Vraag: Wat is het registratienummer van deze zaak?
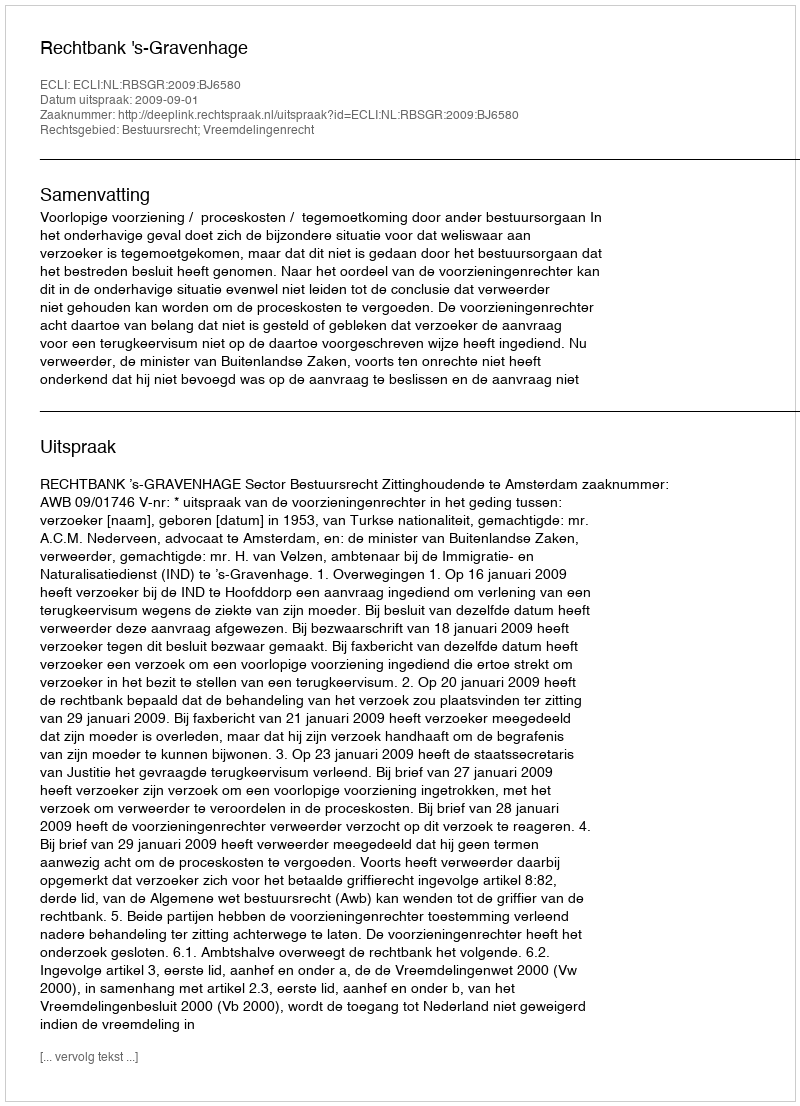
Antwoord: http://deeplink.rechtspraak.nl/uitspraak?id=ECLI:NL:RBSGR:2009:BJ6580